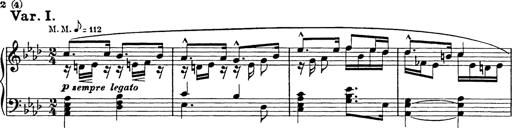
Title: 8 Variations
Composer: Franz Liszt
Key: A-flat major